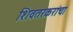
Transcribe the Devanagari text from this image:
शिवतरकरांचा